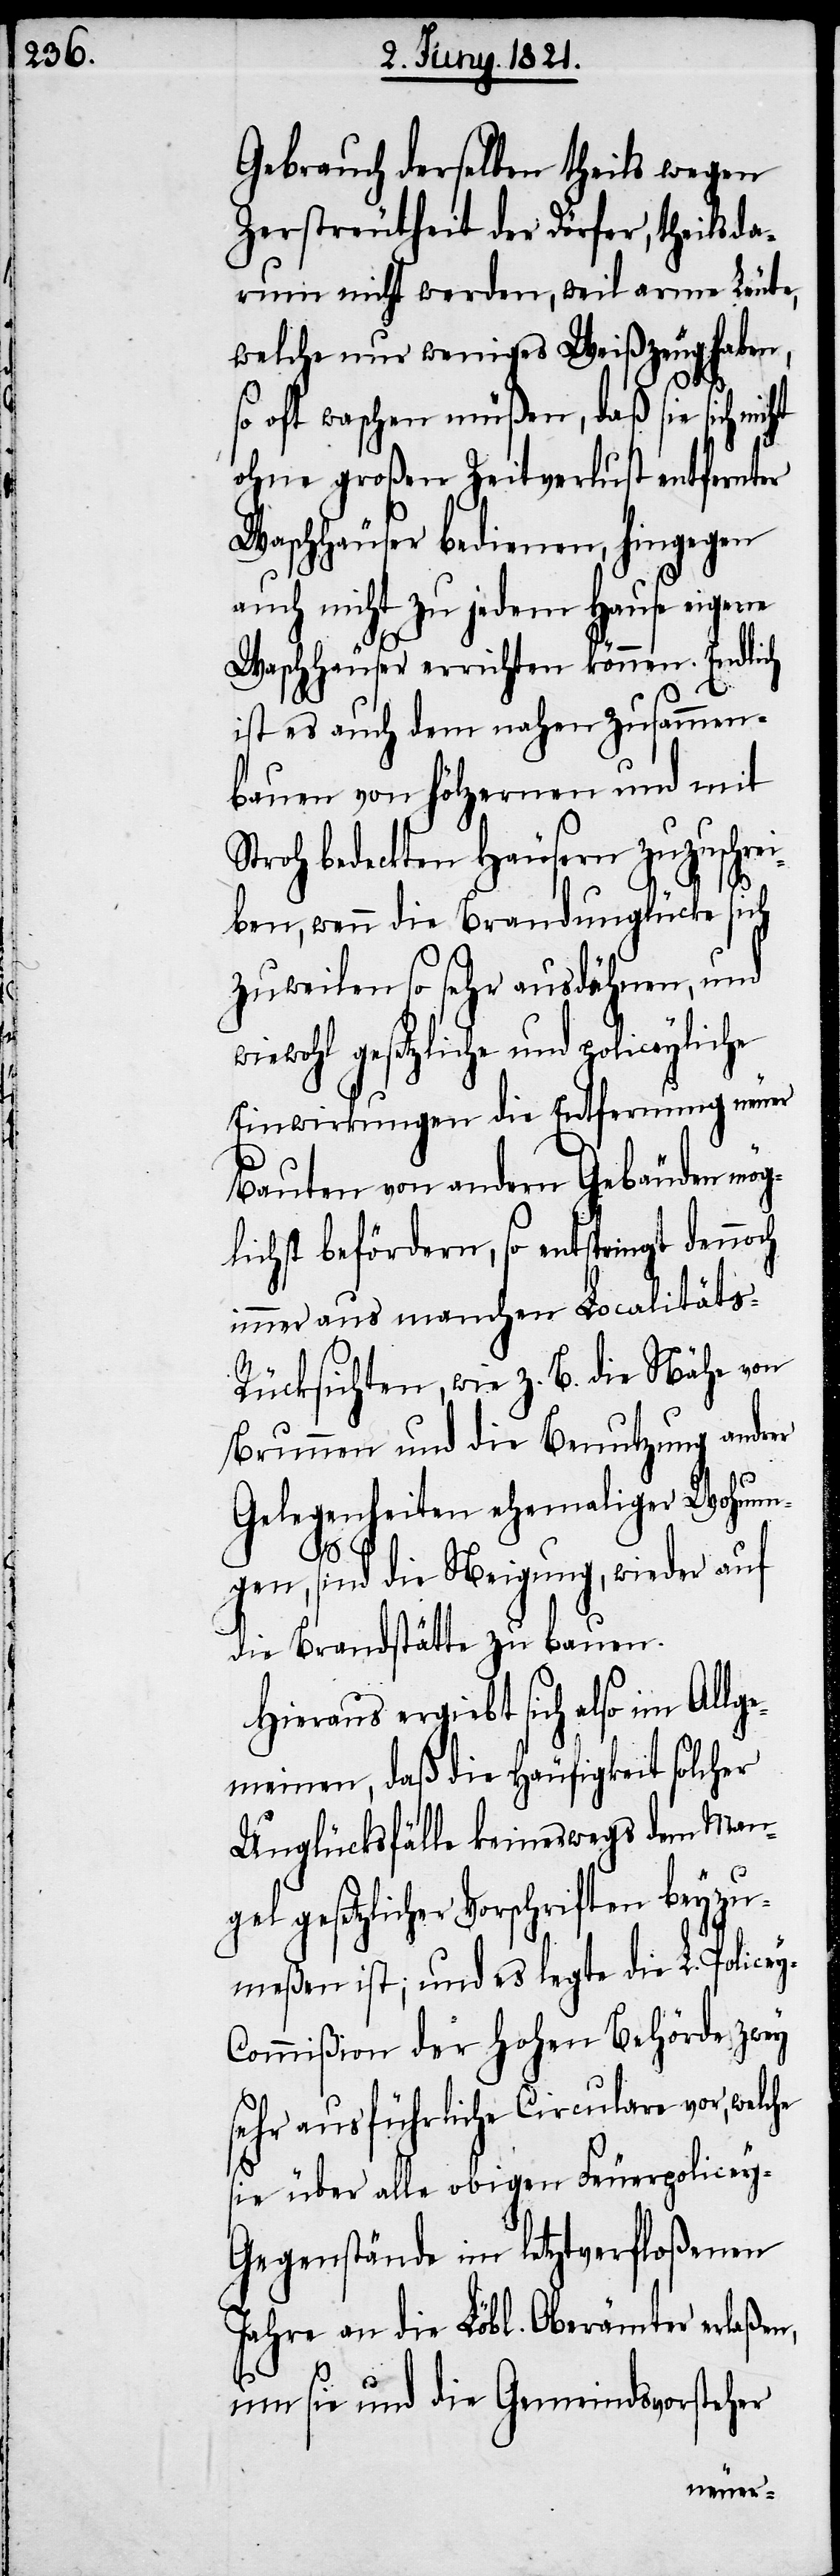
Gebrauch derselben theils wegen
Zerstreutheit der Dörfer, theils da¬
rum nicht werden, weil arme Leute,
welche nur weniges Weißzeug haben,
oft waschen müßen, daß sie sich
ohne großen Zeitverlust entfernter
Waschhäuser bedienen, hingegen
auch nicht zu jedem Hause eigene
Waschhäuser errichten können. Endlich
y-C¬
ist es auch dem nahen Zusammen¬
bauen von hölzernen und mit
Stroh bedeckten Häusern zuzuschrei¬
ben, wenn die Brandunglücke sich
zuweilen so sehr ausdehnen, und
iewohl gesetzliche und policeyliche
Einwirkungen die Entfernung neuer
Bauten von andern Gebäuden mög¬
lichst befördern, so entspringt dennoch
immer aus manchen Localitäts-R¬
ücksichten, wie z. B. die Nähe von
Brunnen und die Benutzung andrer
Gelegenheiten ehemaliger Wohnun¬
gen, sind die Neigung, wieder auf
die Brandstätte zu bauen.
Hieraus ergiebt sich also im Allge¬
meinen, daß die Häufigkeit solcher
Unglücksfälle keineswegs dem Man¬
gel gesetzlicher Vorschriften beyzu¬
meßen ist; und es legte die L. Police¬
ommißion der hohen Behörde zwey
sehr ausführliche Circulare vor, welche
sie über alle obigen Feuerpolicey-G¬
egenstände im letztverfloßenen
Jahre an die Löbl. Oberämter erlaßen,
um sie und die Gemeindsvorsteher